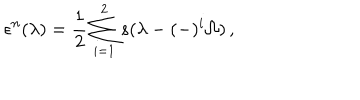
LaTeX: \epsilon ^ { n } ( \lambda ) = { \frac { 1 } { 2 } } \sum _ { i = 1 } ^ { 2 } s ( \lambda - ( - ) ^ { i } \Omega ) \, ,